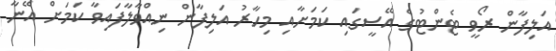
އަލިފާން ރޯވީ ޓެންޓުގެ އޭސީގައި ކަމަށާއި މިހާރު އަލިފާން ނިއްވާލާފައިވާ ކަމަށް އޭނާ